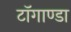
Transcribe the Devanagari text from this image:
टाॅगाण्डा